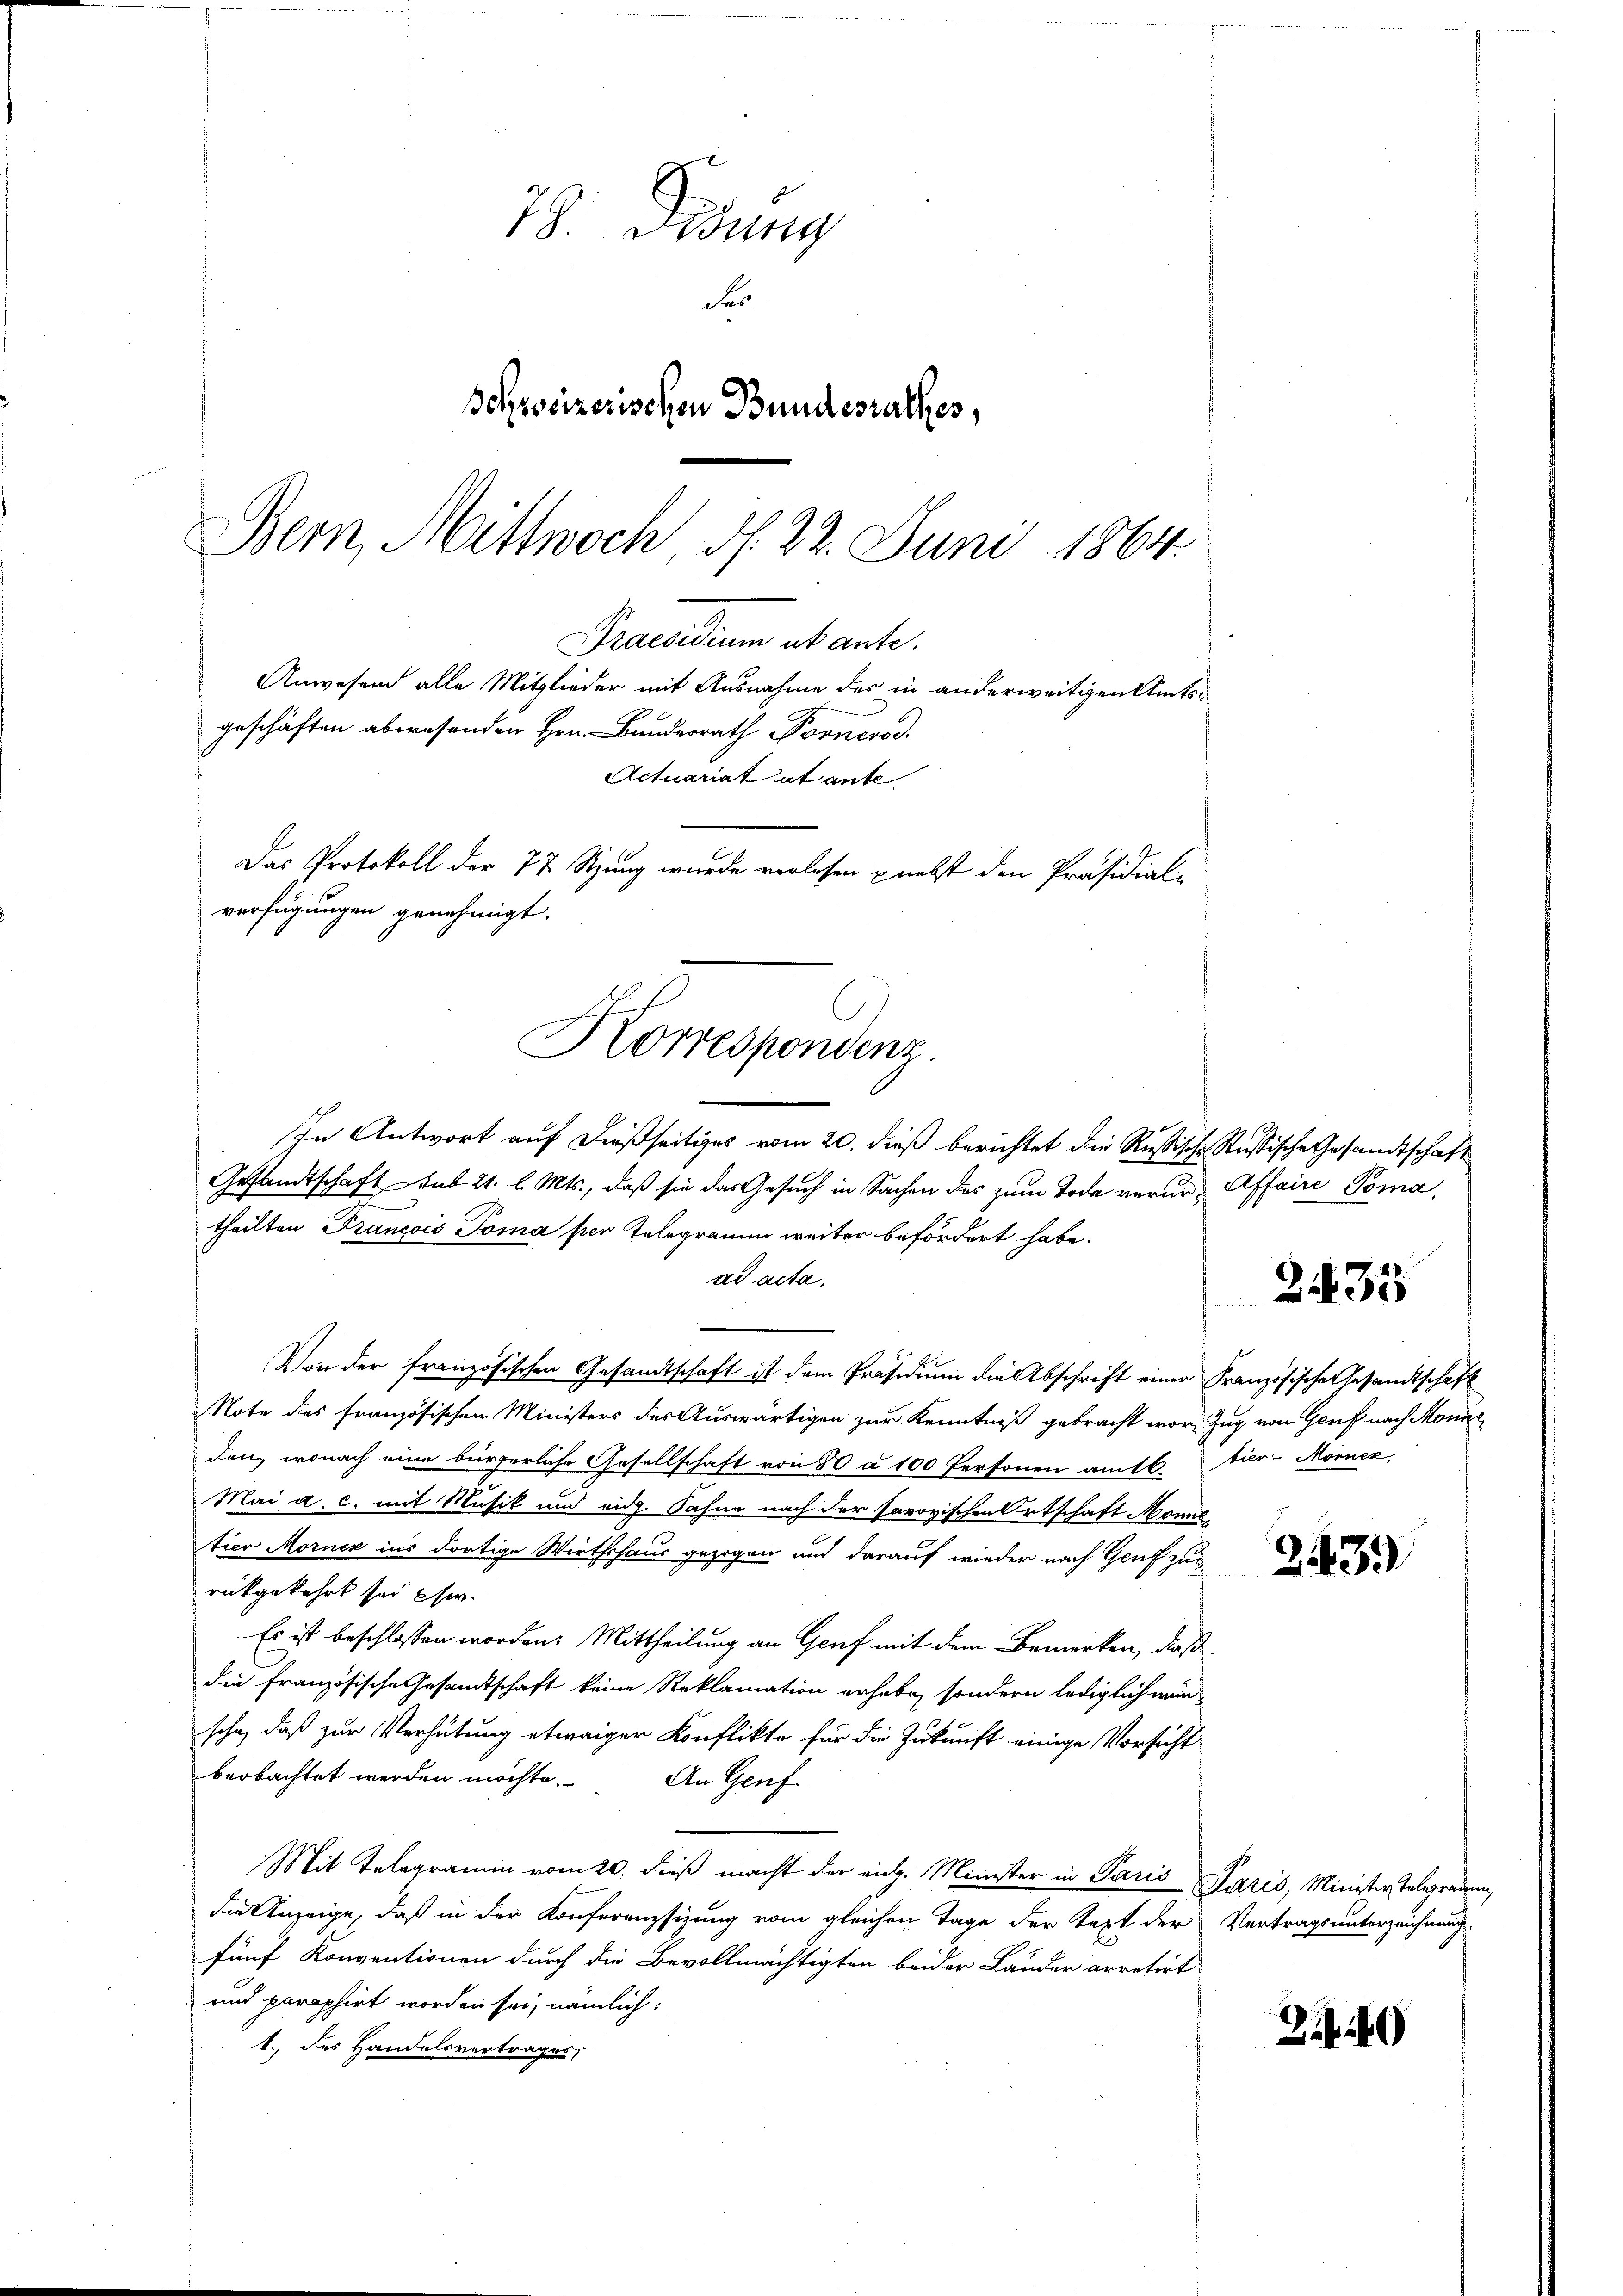
78. Dedung
des
Schweizerischen Bundesrathes,
Bern, Mittwoch d. 22. Juni 1864.

Praesidium ab ante.
Anwesend alle Mitglieder mit Ausnahme des in anderweitigen Amtsgeschäften abwesenden Hrn. Bundesrath Pornerod.
Actuariat et ante
Das Protokoll der 77 Stzung wurde verlesen nebst den Präsidial-
verfügungen genehmigt.
Korrespondenz

In Antwort auf dießseitiges vom 20. dieß berichtet die Rußische Russische Gesandtschaft
Gesandtschaft sub 21. l. Mts., daß sie das Gesuch in Sachen des zum Tode verurtheilten Francois Toma per Telegramm weiter befördert habe.
ad acta.
Von der französischen Gesandtschaft ist dem Präsidium die Abschrift einer Französische Gesandtschaft
Note des französischen Ministers des Auswärtigen zur Kenntniß gebracht wor Zug von Genf nach Monne
den, wonach eine bürgerliche Gesellschaft von 50 à 100 Personen am 16.
Mai a. c. mit Musik und eidg. Sahne nach der Parovischen Ortschaft Mona
tier Morner ins dortige Wirthshaus gezogen und darauf wieder nach Genf zu
rückgekehrt sei hie
Es ist beschlossen worden. Mittheilung an Genf mit dem Bemerken, daß
die französische Gesandtschaft keine Reklamation erhabe, sondern lediglich würsche, daß zur Verhütung etwaiger Konflikte für die Zukunft einige Vorsicht
beobachtet werden möchte.
An Genf
Mit Telegramm vom 20. dieß macht der eidg. Minister in Paris Paris, Minister Telegramm,
die Anzeige, daß in der Konferenzsizung vom gleichen Tage der Text der
fünf Konventionen durch die Bevollmächtigten beider Lander arretirt
und paraphirt worden sei, nämlich:
1. des Handelsvertrages,

Affaire Toma

tier-Mornez

2435

243)

Vertragsunterzeichnung

Zi